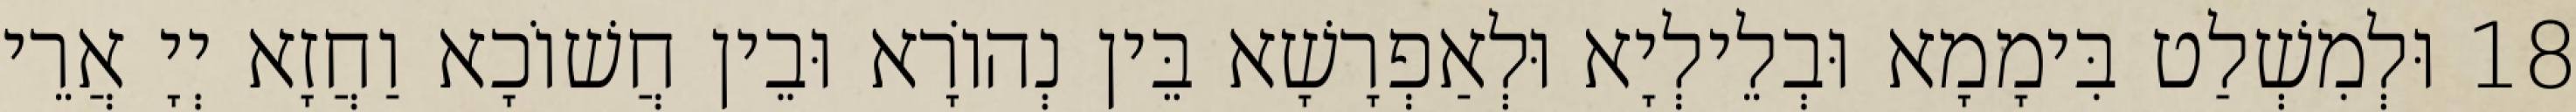
18 וּלְמִשְׁלַט בִּימָמָא וּבְלֵילְיָא וּלְאַפְרָשָׁא בֵּין נְהוֹרָא וּבֵין חֲשׁוֹכָא וַחֲזָא יְיָ אֲרֵי